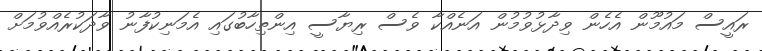
ރައީސް މައުމޫން އެހެން ވިދާޅުވުމުން އަނެއްކާ ވެސް ރިޔާސީ އިންތިހާބުގައި އެމަނިކުފާނު ވާދަކުރެއްވުމަށް